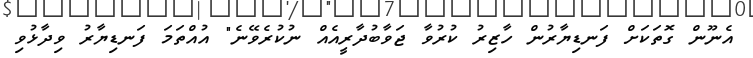
އެނޫން ގޮތަކަށް ފަނޑިޔާރުން ހާޒިރު ކުރުވާ ޖަވާބުދާރީއެއް ނުކުރެވޭނެ" އުއްތަމަ ފަނޑިޔާރު ވިދާޅުވި